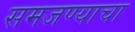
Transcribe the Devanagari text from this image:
समजण्याचा